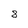
Character: 8